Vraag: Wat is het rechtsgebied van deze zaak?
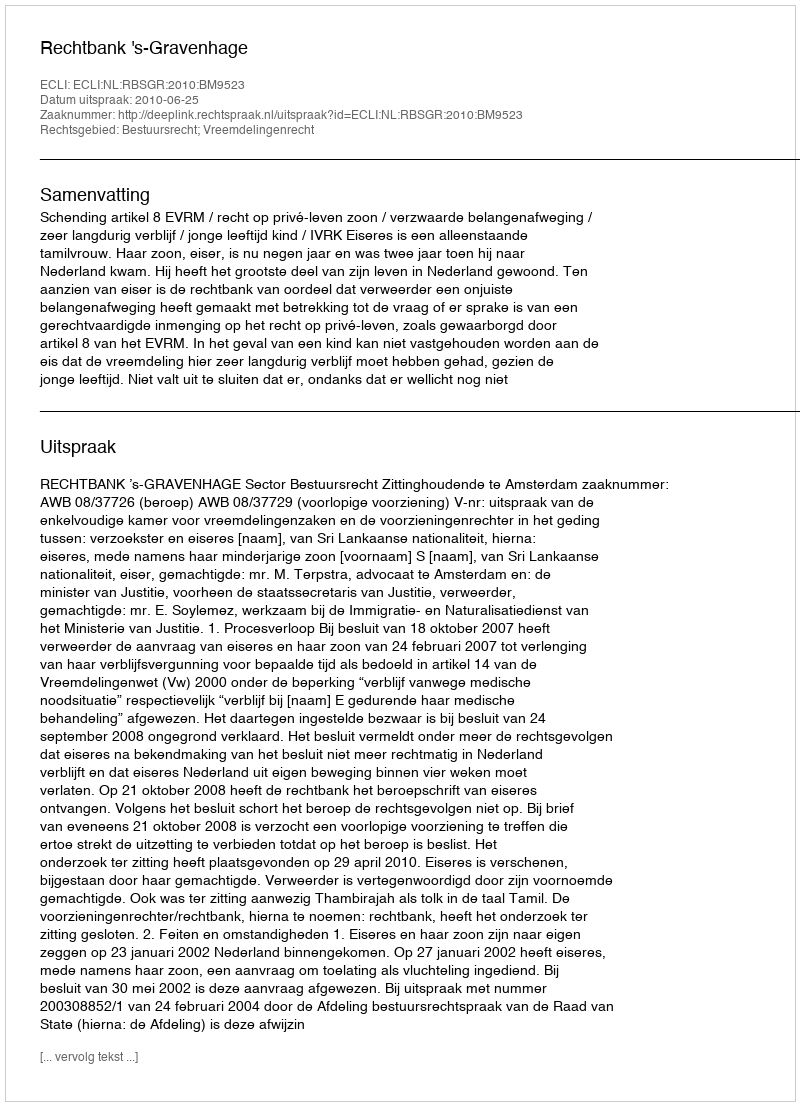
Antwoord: Bestuursrecht; Vreemdelingenrecht